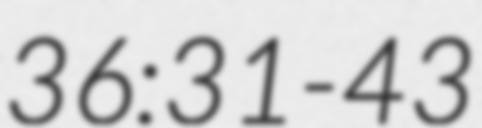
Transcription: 36:31-43